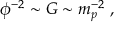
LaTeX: \phi ^ { - 2 } \sim G \sim m _ { p } ^ { - 2 } ~ ,